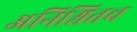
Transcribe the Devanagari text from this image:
अनिश्चितच